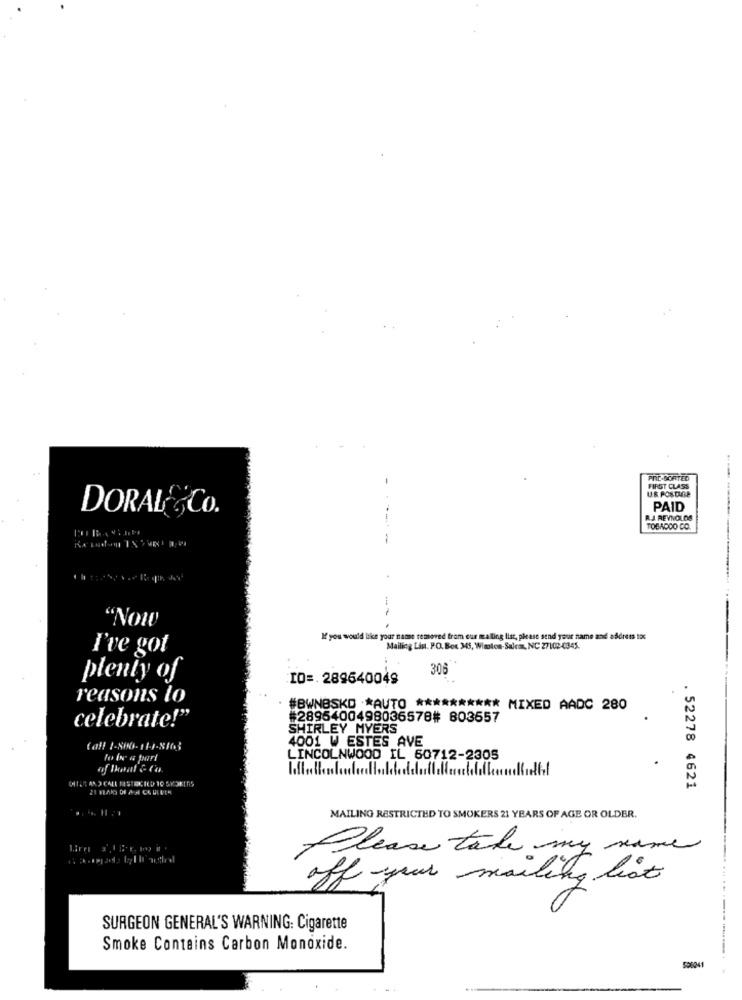
PRE-SORTED
FIRST CLASS
U.S. POSTAGE
DORAL &Co.
PAID
R.J. REYNOLDS
TOBACCO CO.
"Now
If you would like your name removed from our mailing list, please send your name and address to
I've got
Mailing List. PO. Box 345, Winston-Salem, NC 27102-0345.
306
plenty of
ID =. 289640049
reasons lo
#BWNBSKD *AUTO ********** MIXED AADC 280
#2895400498036578# 803657
celebrate!"
SHIRLEY MYERS
4001 W ESTES AVE
Call 1-800- 11-4-8163
LINCOLNWOOD IL 60712-2305
. 52278 4621
MAILING RESTRICTED TO SMOKERS 21 YEARS OF AGE OR OLDER.
Please take my name
off your mailing list
SURGEON GENERAL'S WARNING: Cigarette
Smoke Contains Carbon Monoxide.